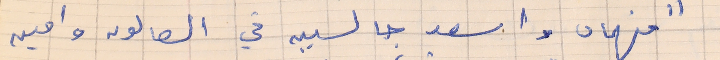
"فهمان واسعد جالسين في الصالون وامين